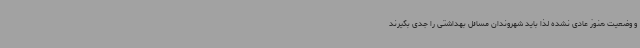
و وضعیت هنوز عادی نشده لذا باید شهروندان مسائل بهداشتی را جدی بگیرند